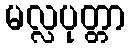
မလ္လပုတ္တာ